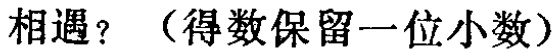
相遇？（得数保留一位小数）